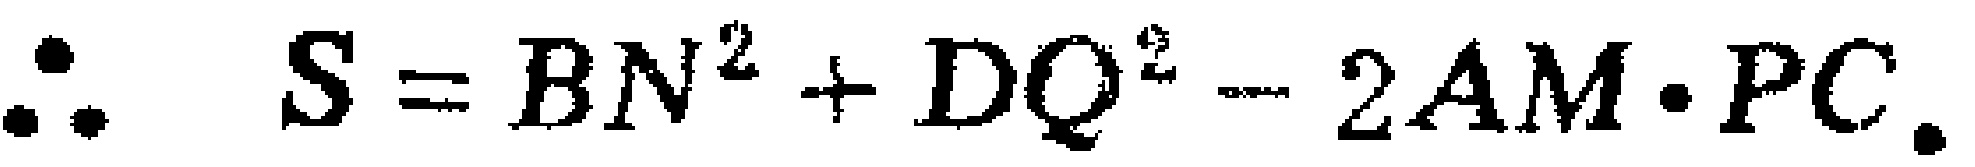
\[\therefore S = BN^{2}+DQ^{2}-2AM\cdot PC.\]